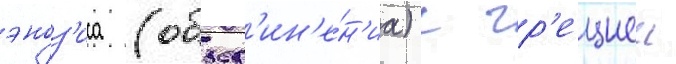
эноз'иса (объед'ин'е́н'иа) с гр'ециеи